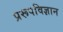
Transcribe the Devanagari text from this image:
प्ररूपविज्ञान